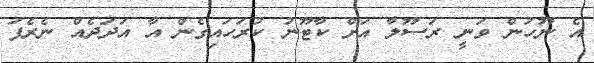
އެ ނޫހުން ވަނީ ރަސޫލާ އަށް ކާޓޫނު ކުރަހައިގެން އާ އަދަދެއް ނެރެފަ